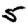
Digit: 5